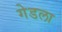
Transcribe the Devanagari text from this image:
गेडला